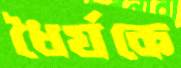
ধৈর্যকে